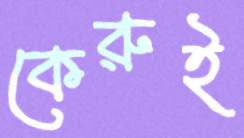
কেরুই